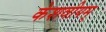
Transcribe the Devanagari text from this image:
केशवीयम्